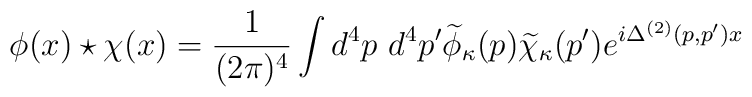
\phi(x) \star \chi(x) =  {1\over (2\pi)^{4}} \int d^{4} p \ d^{4}p^{\prime}  \widetilde{\phi}_{\kappa}(p)  \widetilde{\chi}_{\kappa}(p^{\prime})e^{i\Delta^{(2)}(p,p^{\prime}){x}}